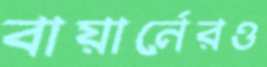
বায়ার্নেরও